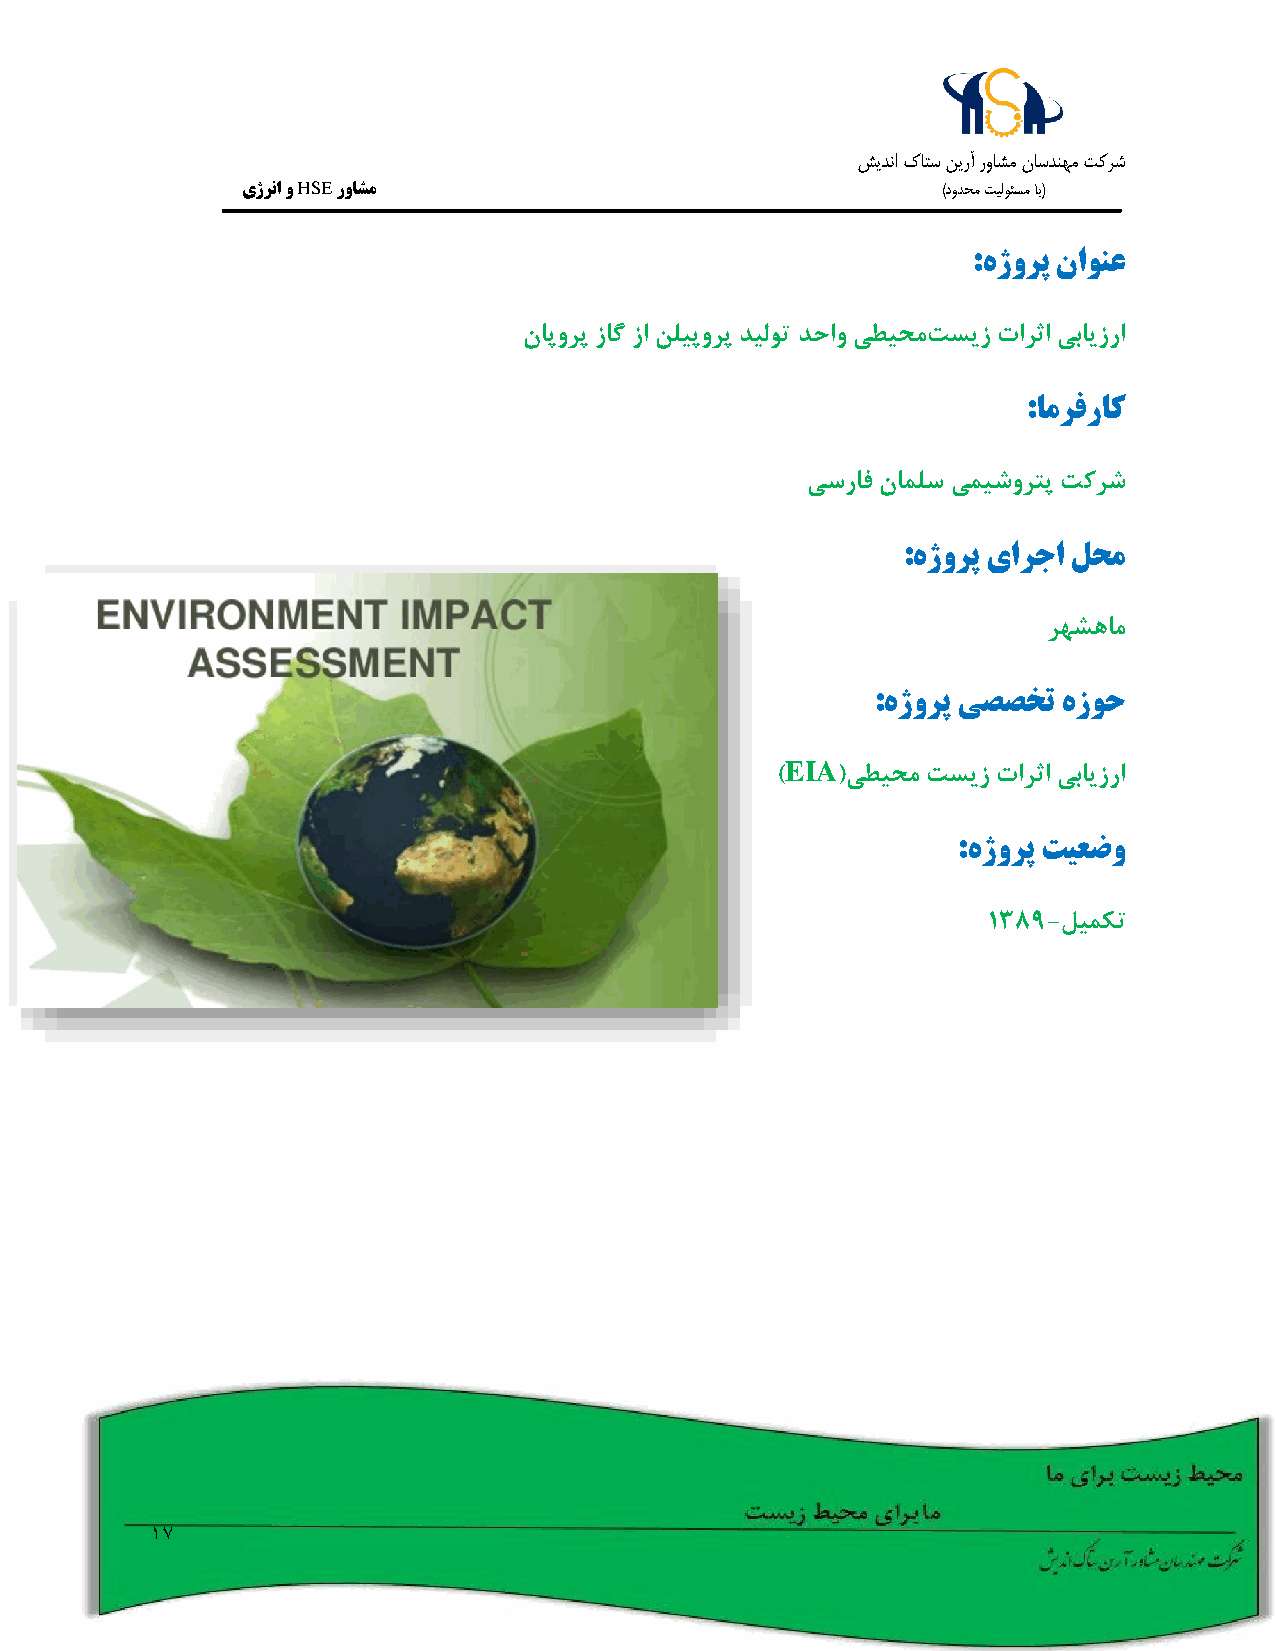
شيدنا كاتس نيرآ رواشم ناسدنهم تکرش
 یژرنا و HSE رواشم                             )دودحم تيلوئسم اب(
 :هژورپ ناونع
 ناپورپ زاگ زا نلیپورپ دیلوت دحاو یطیحمتسیز تارثا یبایزرا
 :امرفراک
 یسراف ناملس یمیشورتپ تکرش
 :هژورپ یارجا لحم
 رهشهام
 :هژورپ یصصخت هزوح
 EIA
 )   (یطیحم تسیز تارثا یبایزرا
 :هژورپ تیعضو
 1389-لیمکت
 17